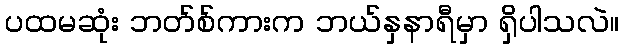
ပထမဆုံး ဘတ်စ်ကားက ဘယ်နှနာရီမှာ ရှိပါသလဲ။